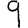
Digit: 9